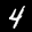
Label: 4